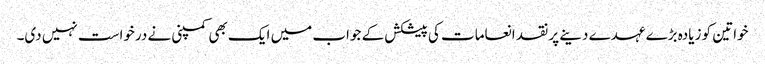
خواتین کو زیادہ بڑے عہدے دینے پر نقد انعامات کی پیشکش کے جواب میں ایک بھی کمپنی نے درخواست نہیں دی۔